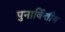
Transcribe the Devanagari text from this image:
पुनार्वित्तीय